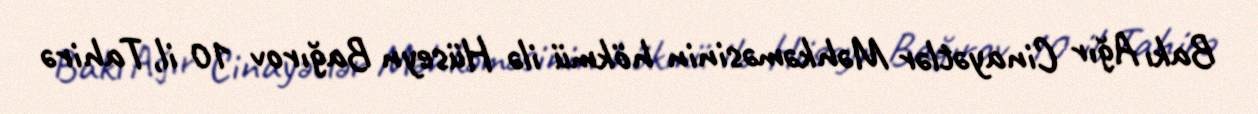
Bakı Ağır Cinayətlər Məhkəməsinin hökmü ilə Hüseyn Bağırov 10 il, Tahirə